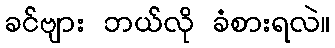
ခင်ဗျား ဘယ်လို ခံစားရလဲ။